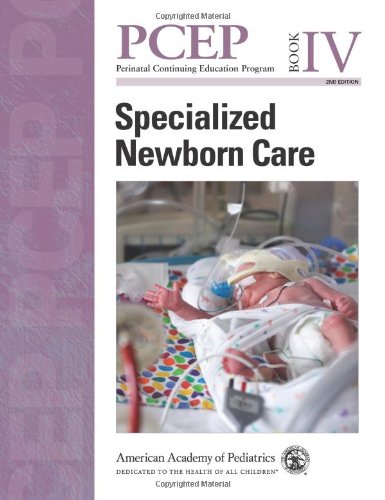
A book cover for PCEP Specialized Newborn Care (Book IV) (Perinatal Continuing Education Program); Robert J. Boyle MD  FAAP; Medical Books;